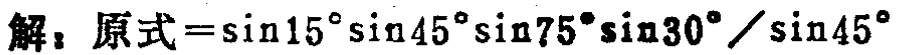
解：原式$=\sin15^{\circ}\sin45^{\circ}\sin75^{\circ}\sin30^{\circ}/\sin45^{\circ}$